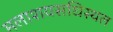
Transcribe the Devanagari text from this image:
मलाशयसधिस्थल